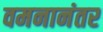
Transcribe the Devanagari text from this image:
वमनानंतर